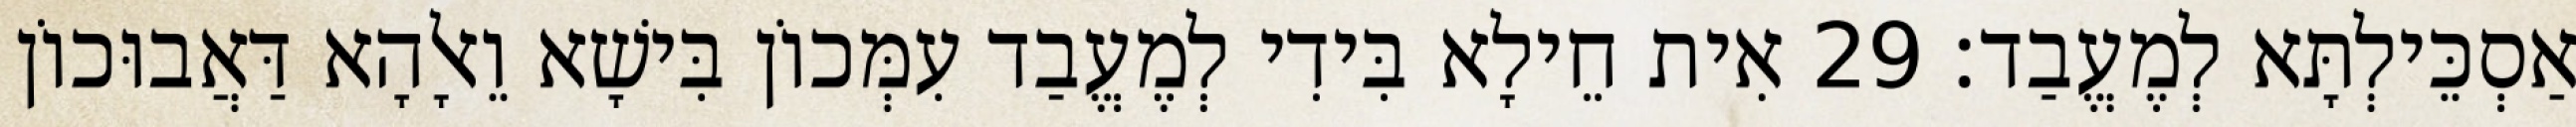
אַסְכֵּילְתָּא לְמֶעֱבַד׃ 29 אִית חֵילָא בִּידִי לְמֶעֱבַד עִמְּכוֹן בִּישָׁא וֵאלָהָא דַּאֲבוּכוֹן